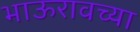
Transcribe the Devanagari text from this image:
भाऊरावच्या